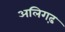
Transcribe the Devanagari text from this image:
अलिगढ़